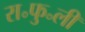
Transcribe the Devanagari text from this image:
रा॰फु॰ली